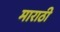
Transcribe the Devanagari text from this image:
माराठी